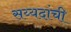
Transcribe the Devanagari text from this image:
सय्यदांची